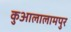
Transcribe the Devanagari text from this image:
कुआलालामपुर